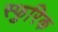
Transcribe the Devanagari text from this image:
स्फुरिक